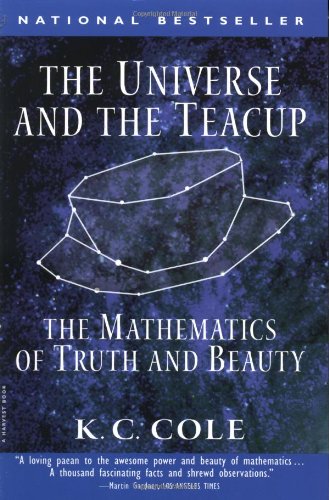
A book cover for The Universe and the Teacup: The Mathematics of Truth and Beauty; K. C. Cole; Science & Math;